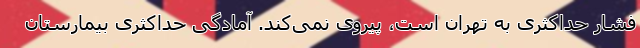
فشار حداکثری به تهران است، پیروی نمی‌کند. آمادگی حداکثری بیمارستان